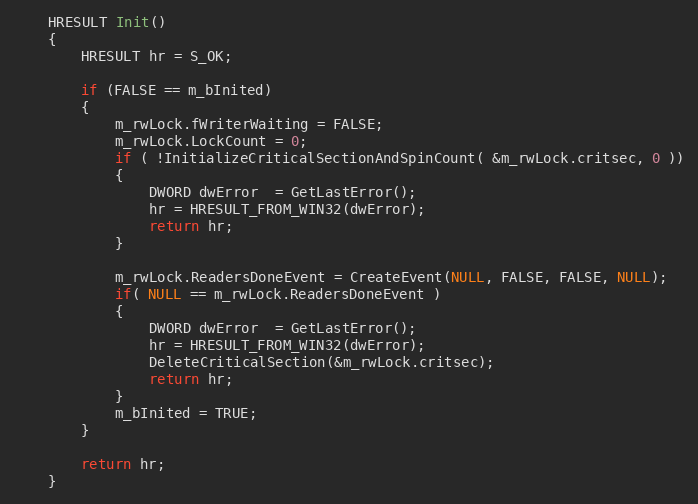
Language: C
    HRESULT Init()
    {
        HRESULT hr = S_OK;

        if (FALSE == m_bInited)
        {
            m_rwLock.fWriterWaiting = FALSE;
            m_rwLock.LockCount = 0;
            if ( !InitializeCriticalSectionAndSpinCount( &m_rwLock.critsec, 0 ))
            {
                DWORD dwError  = GetLastError();
                hr = HRESULT_FROM_WIN32(dwError);
                return hr;
            }

            m_rwLock.ReadersDoneEvent = CreateEvent(NULL, FALSE, FALSE, NULL);
            if( NULL == m_rwLock.ReadersDoneEvent )
            {
                DWORD dwError  = GetLastError();
                hr = HRESULT_FROM_WIN32(dwError);
                DeleteCriticalSection(&m_rwLock.critsec);
                return hr;
            }
            m_bInited = TRUE;
        }

        return hr;
    }